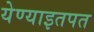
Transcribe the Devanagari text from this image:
येण्याइतपत